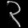
Digit: ၃